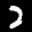
Label: 2